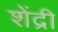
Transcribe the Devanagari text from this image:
शेंद्री